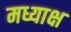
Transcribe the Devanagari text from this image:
मध्याक्ष